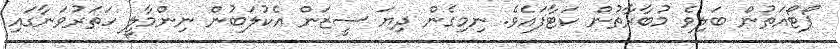
ޕޯޓޯއަތުން ބަލިވެ މުބާރާތުން ކަޓާފައެވެ. ނިމިގެން ދިޔަ ސީޒަން އެކުލަބުން ނިންމާލީ ހަތަރުވަނާގައި